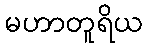
မဟာတူရိယ